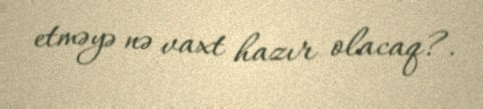
etməyə nə vaxt hazır olacaq?.